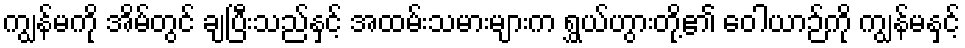
ကျွန်မကို အိမ်တွင် ချပြီးသည်နှင့် အထမ်းသမားများက ရွှယ်ဟွားတို့၏ ဝေါယာဉ်ကို ကျွန်မနှင့်